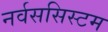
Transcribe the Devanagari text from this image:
नर्वससिस्टम